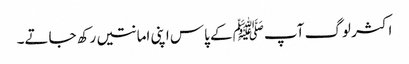
اکثر لوگ آپﷺ کے پاس اپنی امانتیں رکھ جاتے۔